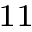
_ { 1 1 }